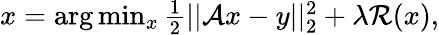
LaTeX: \begin{array}{r}{x=\arg\operatorname*{min}_{x}\frac{1}{2}||\mathcal{A}x-y||_{2}^{2}+\lambda\mathcal{R}(x),}\end{array}